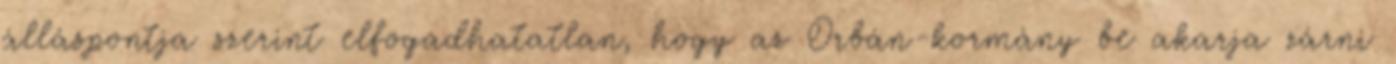
álláspontja szerint elfogadhatatlan, hogy az Orbán-kormány be akarja zárni